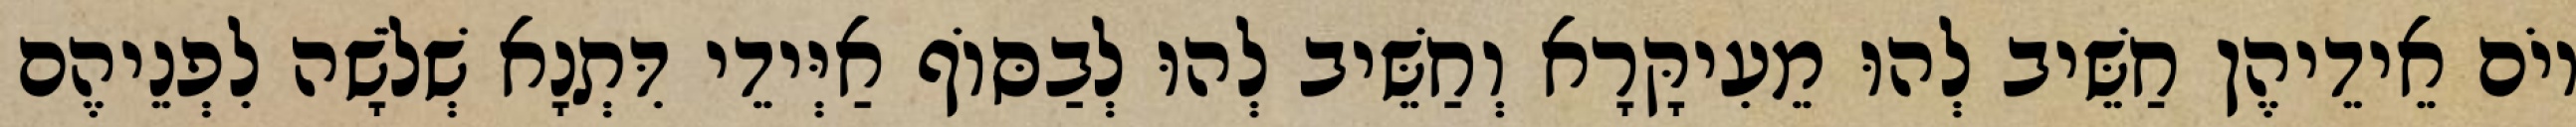
יוֹם אֵידֵיהֶן חַשֵּׁיב לְהוּ מֵעִיקָּרָא וְחַשֵּׁיב לְהוּ לְבַסּוֹף אַיְּידֵי דִּתְנָא שְׁלֹשָׁה לִפְנֵיהֶם